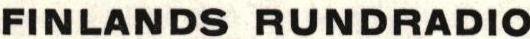
FINLANDS RUNDRADIO